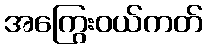
အကြွေးဝယ်ကတ်